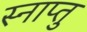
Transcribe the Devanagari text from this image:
स्नाप्तु